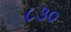
૮૩૦